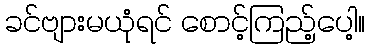
ခင်ဗျားမယုံရင် စောင့်ကြည့်ပေါ့။